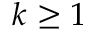
k \geq 1